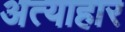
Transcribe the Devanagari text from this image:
अत्याहार